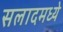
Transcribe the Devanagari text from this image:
सलादमध्ये